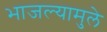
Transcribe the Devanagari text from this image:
भाजल्यामुले